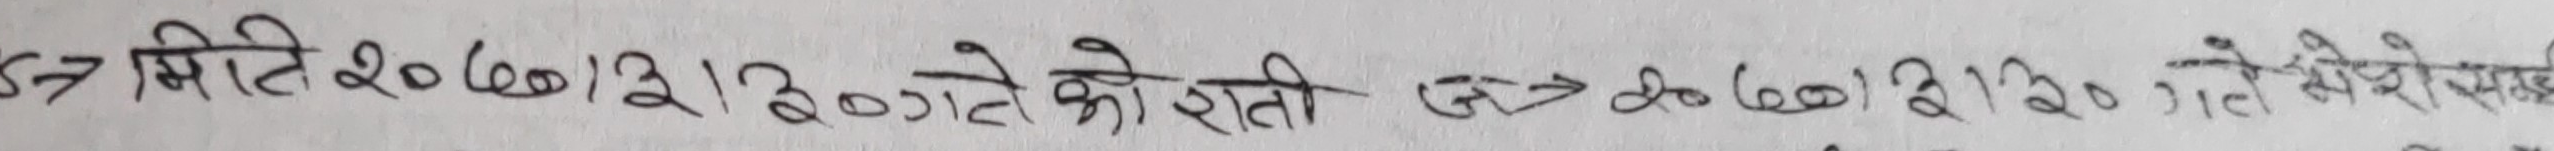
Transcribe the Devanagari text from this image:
57 मिति २०७०/३/३० गते को राती ज२०७०/३/३० गते मेरो सम्ह